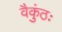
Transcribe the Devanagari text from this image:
वैकुंठः